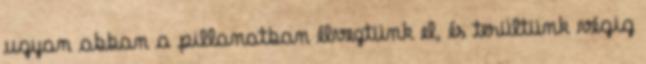
ugyan abban a pillanatban élveztünk el, és terültünk végig